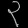
Digit: ၃